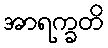
အာရက္ခတိ